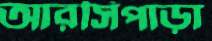
আরসিপাড়া